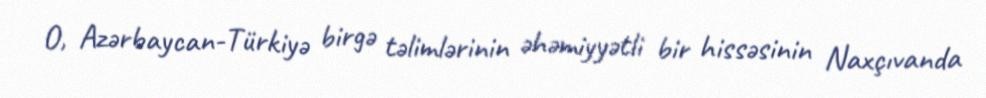
O, Azərbaycan-Türkiyə birgə təlimlərinin əhəmiyyətli bir hissəsinin Naxçıvanda